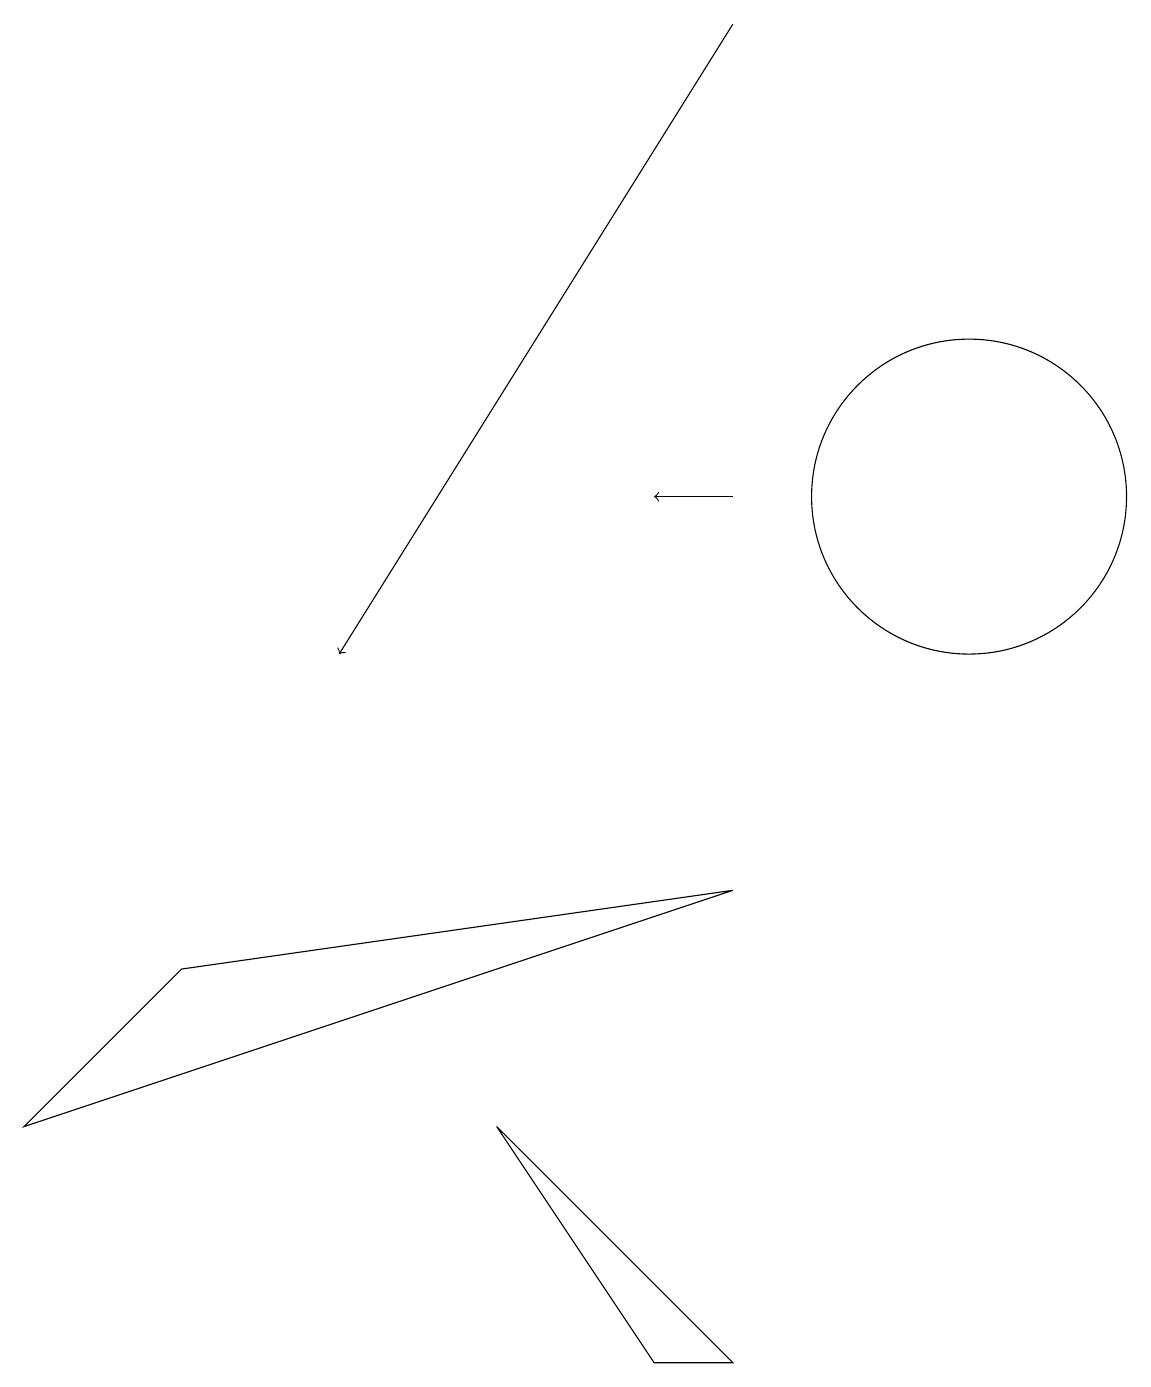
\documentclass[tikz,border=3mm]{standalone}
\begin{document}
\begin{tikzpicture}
\draw (10,11) circle (0);
\draw (2,6) -- (9,7) -- (0,4) -- cycle;
\draw (6,4) -- (8,1) -- (9,1) -- cycle;
\draw (12,12) circle (2);
\draw[->] (9,12) -- (8,12);
\draw[->] (9,18) -- (4,10);
\draw (11,11) circle (0);
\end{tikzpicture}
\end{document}